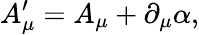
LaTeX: A_{\mu}^{\prime}=A_{\mu}+\partial_{\mu}\alpha,